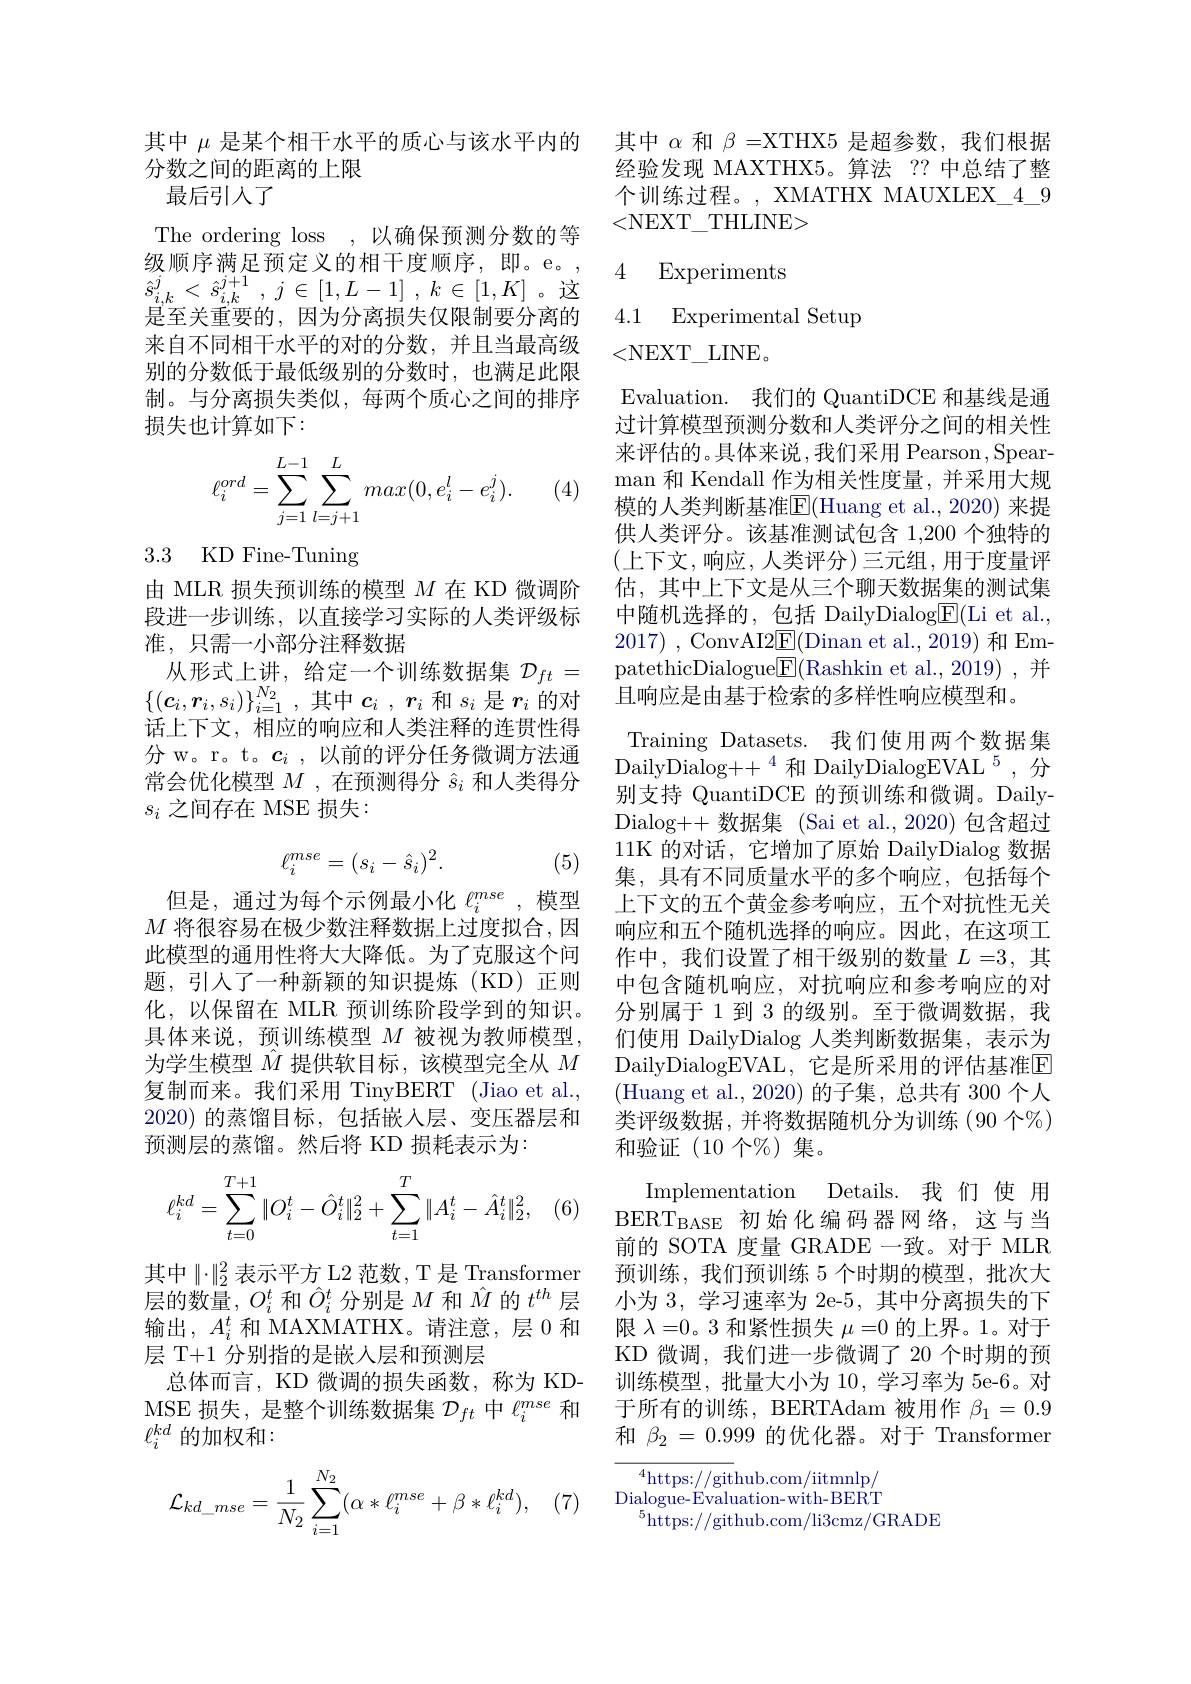
其中$\mu$是某个相干水平的质心与该水平内的
分数之间的距离的上限
最后引入了
The ordering loss ,以确保预测分数的等级顺序满足预定义的相干度顺序，即。e。, $\hat{s} _{i, k}^{j}< \hat{s} _{i, k}^{j+ 1}$, $j\in [ 1, L- 1]$ , $k\in [ 1, K]$。这是至关重要的，因为分离损失仅限制要分离的来自不同相干水平的对的分数，并且当最高级别的分数低于最低级别的分数时，也满足此限制。与分离损失类似，每两个质心之间的排序损失也计算如下：

(4)
$$\ell_i^{ord}=\sum\limits_{j=1}^{L-1}\sum\limits_{l=j+1}^{L}max(0,e_i^l-e_i^j).$$
# 3.3 KD Fine-Tuning

由 MLR 损失预训练的模型$M$在 KD 微调阶段进一步训练，以直接学习实际的人类评级标准，只需一小部分注释数据
从形式上讲，给定一个训练数据集$\mathcal{D}_ft=$ $\{ ( \boldsymbol{c}_i, \boldsymbol{r}_i, s_i) \} _{i= 1}^{N_2}$ ,其中$c_i$ , $r_i$和$s_i$是$r_i$的对话上下文，相应的响应和人类注释的连贯性得分 w。r。t。$c_i$ ,以前的评分任务微调方法通常会优化模型$M$,在预测得分$\hat{s}_i$和人类得分$s_i$之间存在 MSE 损失：
$$\ell_i^{mse}=(s_i-\hat{s}_i)^2.$$
(5)

但是，通过为每个示例最小化$\ell_i^{mse}$ ,模型$M$将很容易在极少数注释数据上过度拟合，因此模型的通用性将大大降低。为了克服这个问题，引人了一种新颖的知识提炼(KD)正则化，以保留在 MLR 预训练阶段学到的知识。具体来说，预训练模型 $M$ 被视为教师模型， 为学生模型$\hat{M}$提供软目标，该模型完全从$M$ 复制而来。我们采用 TinyBERT (Jiao et al., 2020)的蒸馏目标，包括嵌入层、变压器层和预测层的蒸馏。然后将 KD 损耗表示为：
$$\ell_i^{kd}=\sum\limits_{t=0}^{T+1}\|O_i^t-\hat{O}_i^t\|_2^2+\sum\limits_{t=1}^T\|A_i^t-\hat{A}_i^t\|_2^2,$$
 , (6)
其中$\|\cdot\|_2^2$ 表示平方 L2 范数，T 是 Transformer 层的数量，$O_i^t$和$\hat{O}_i^t$分别是$M$和$\hat{M}$的$t^th$层输出，$A_i^t$和 MAXMATHX。请注意，层 0 和层 T+1 分别指的是嵌人层和预测层
总体而言，KD 微调的损失函数，称为 KDMSE 损失，是整个训练数据集$\mathcal{D}_ft$中$\ell_i^mse$和$\ell_i^{kd}$的加权和：
$$\mathcal{L}_{kd_mse}=\frac{1}{N_2}\sum_{i=1}^{N_2}(\alpha*\ell_i^{mse}+\beta*\ell_i^{kd}),$$
(7)

其中$\alpha$和$\beta=$XTHX5 是超参数，我们根据经验发现 MAXTHX5。算法 ?? 中总结了整个训练过程。, XMATHX MAUXLEX\_4\_9 <NEXT\_THLINE>

4 Experiments

4.1 Experimental Setup

<NEXT\_LINE.
Evaluation. 我们的 QuantiDCE 和基线是通过计算模型预测分数和人类评分之间的相关性来评估的。具体来说，我们采用 Pearson , Spearman 和 Kendall 作为相关性度量，并采用大规模的人类判断基准$\overline{\mathrm{E}}($Huang et al.,2020) 来提供人类评分。该基准测试包含 1,200 个独特的(上下文，响应，人类评分)三元组，用于度量评估，其中上下文是从三个聊天数据集的测试集中随机选择的，包括 DailyDialog$\underline{\mathrm{E}}($Li et al., 2017) , ConvAI2E(Dinan et al., 2019) 和 EmpatethicDialogue$\underline{\mathrm{E}}($Rashkin et al.,2019),并且响应是由基于检索的多样性响应模型和。
Training Datasets. 我们使用两个数据集$\mathrm{DailyDialog++~}^{4}$和 DailyDialogEVAL $^5$,分别支持 QuantiDCE 的预训练和微调。DailyDialog++ 数据集 (Sai et al.,2020) 包含超过11K 的对话，它增加了原始 DailyDialog 数据集，具有不同质量水平的多个响应，包括每个上下文的五个黄金参考响应，五个对抗性无关响应和五个随机选择的响应。因此，在这项工作中，我们设置了相干级别的数量$L=3$,其中包含随机响应，对抗响应和参考响应的对分别属于 1 到 3 的级别。至于微调数据，我们使用 DailyDialog 人类判断数据集，表示为DailyDialogEVAL, 它是所采用的评估基准$\mathbb{E}$ (Huang et al., 2020)的子集，总共有 300 个人类评级数据，并将数据随机分为训练(90 个%) 和验证(10个%)集。
Implementation Details.我们使用BERT$_{\mathrm{BASE}}$初始化编码器网络，这与当前的 SOTA 度量 GRADE 一致。对于 MLR 预训练，我们预训练 5 个时期的模型，批次大小为 3, 学习速率为 2e-5, 其中分离损失的下限$\lambda=0$。3 和紧性损失$\mu=0$的上界。1。对于KD 微调，我们进一步微调了 20 个时期的预训练模型，批量大小为 10, 学习率为 5e-6。对于所有的训练，BERTAdam 被用作$\beta_1=0.9$ 和$\beta_{2}=0.999$的优化器。对于 Transformer
${\overline{{^4}\mathrm{https:}//\mathrm{git}}}$hub.com/iitmnlp/ $\underset{r}{\operatorname*{\text{Dialogue-Evaluation-with-BERT}}}$

$^{5}$https://github.com/li3cmz/GRADE